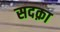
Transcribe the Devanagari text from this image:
सदक़ा